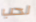
لحب